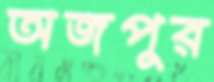
অজপুর